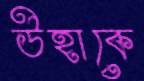
উহাকে